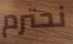
نحترم